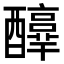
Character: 𨣳